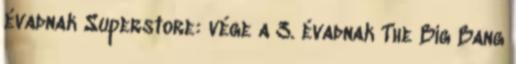
évadnak Superstore: vége a 3. évadnak The Big Bang